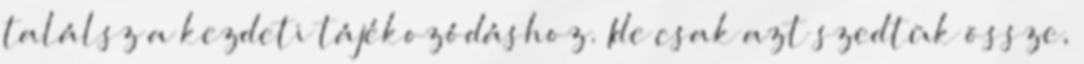
találsz a kezdeti tájékozódáshoz. Ide csak azt szedtük össze,